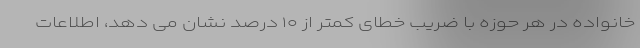
خانواده در هر حوزه با ضریب خطای کمتر از ۱۰ درصد نشان می دهد، اطلاعات